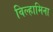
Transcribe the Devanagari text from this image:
विल्हामिना